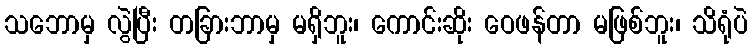
သဘောမှ လွဲပြီး တခြားဘာမှ မရှိဘူး၊ ကောင်းဆိုး ဝေဖန်တာ မဖြစ်ဘူး၊ သိရုံပဲ